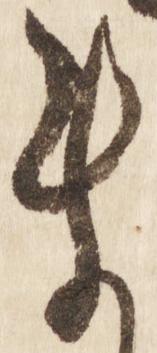
ま